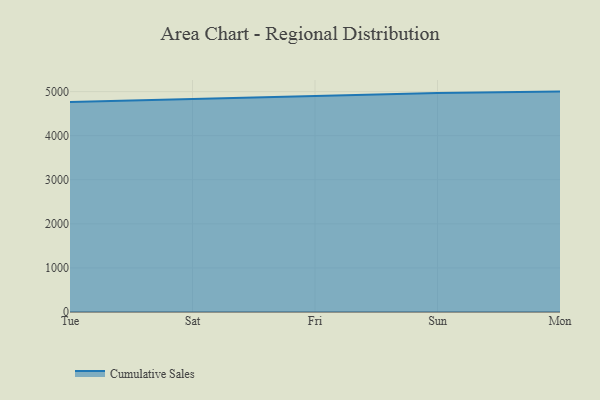
{"axis": {"x": "Day", "y": "Revenue (USD Million)"}, "legend": ["Cumulative Sales"], "data": [{"x": "Tue", "y": 4765.4, "type": "Cumulative Sales"}, {"x": "Sat", "y": 4833.7, "type": "Cumulative Sales"}, {"x": "Fri", "y": 4906.2, "type": "Cumulative Sales"}, {"x": "Sun", "y": 4969.6, "type": "Cumulative Sales"}, {"x": "Mon", "y": 5000, "type": "Cumulative Sales"}]}